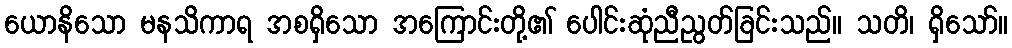
ယောနိသော မနသိကာရ အစရှိသော အကြောင်းတို့၏ ပေါင်းဆုံညီညွတ်ခြင်းသည်။ သတိ၊ ရှိသော်။